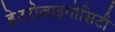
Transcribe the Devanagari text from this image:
हेटरोज़ाइगोसिटी